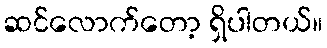
ဆင်လောက်တော့ ရှိပါတယ်။